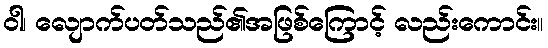
ဝါ၊ လျောက်ပတ်သည်၏အဖြစ်ကြောင့် လည်းကောင်း။